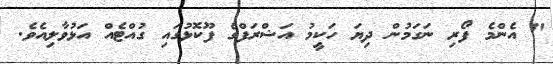
" އެންމެ ފޯރި ނަގަމުން ދިޔަ ހަކީމު އަޝްރަފްގެ ފޫކޮޅުގައި ގުއްޓެއް އަޅުވާލިއެވެ.